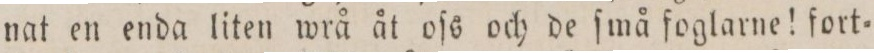
nat en enda liten wrå åt oſs och de ſmå foglarne! fort=